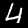
Label: 4